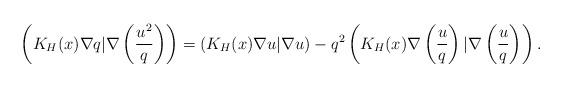
LaTeX: \begin{align*}\left(K_H(x)\nabla q| \nabla\left( \frac{u^2}{q}\right) \right)=\left(K_H(x)\nabla u|\nabla u\right)- q^2\left(K_H(x)\nabla \left( \frac{u}{q}\right) |\nabla \left( \frac{u}{q}\right) \right).\end{align*}